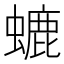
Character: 螰